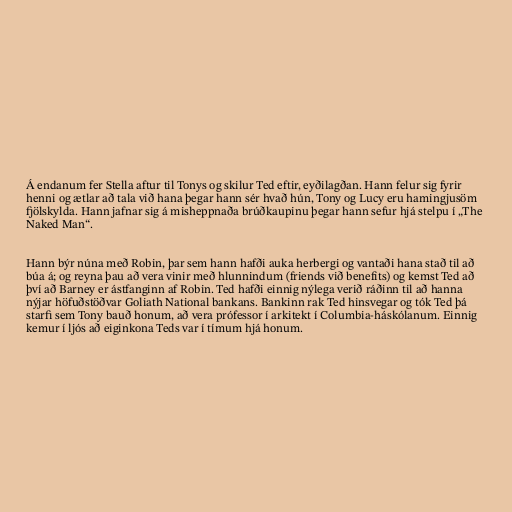
Á endanum fer Stella aftur til Tonys og skilur Ted eftir, eyðilagðan. Hann felur sig fyrir
henni og ætlar að tala við hana þegar hann sér hvað hún, Tony og Lucy eru hamingjusöm
fjölskylda. Hann jafnar sig á misheppnaða brúðkaupinu þegar hann sefur hjá stelpu í „The
Naked Man“.

Hann býr núna með Robin, þar sem hann hafði auka herbergi og vantaði hana stað til að
búa á; og reyna þau að vera vinir með hlunnindum (friends við benefits) og kemst Ted að
því að Barney er ástfanginn af Robin. Ted hafði einnig nýlega verið ráðinn til að hanna
nýjar höfuðstöðvar Goliath National bankans. Bankinn rak Ted hinsvegar og tók Ted þá
starfi sem Tony bauð honum, að vera prófessor í arkitekt í Columbia-háskólanum. Einnig
kemur í ljós að eiginkona Teds var í tímum hjá honum.